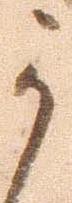
可